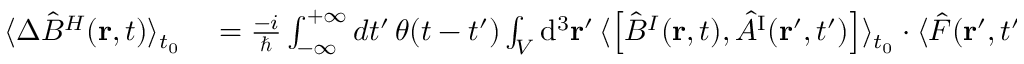
\begin{array} { r l } { \langle \Delta \hat { B } ^ { H } ( { \bf r } , t ) \rangle _ { t _ { 0 } } } & { { } = \frac { - i } { \hbar } \int _ { - \infty } ^ { + \infty } d t ^ { \prime } \, \theta ( t - t ^ { \prime } ) \int _ { \cal V } \mathrm { d } ^ { 3 } { \bf r } ^ { \prime } \, \langle \left[ \hat { B } ^ { I } ( { \bf r } , t ) , \hat { A } ^ { \mathrm { I } } ( { \bf r } ^ { \prime } , t ^ { \prime } ) \right] \rangle _ { t _ { 0 } } \cdot \langle \hat { F } ( { \bf r } ^ { \prime } , t ^ { \prime } ) \rangle _ { t _ { 0 } } , } \end{array}